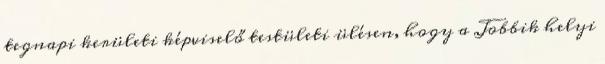
tegnapi kerületi képviselő testületi ülésen, hogy a Jobbik helyi